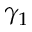
\gamma _ { 1 }